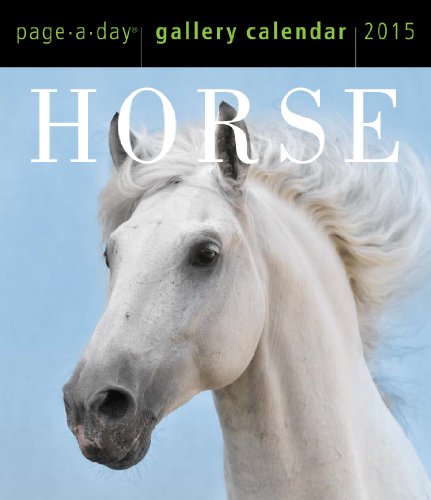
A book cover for Horse 2015 Gallery Calendar; Workman Publishing; Calendars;